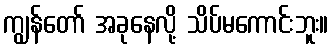
ကျွန်တော် အခုနေလို့ သိပ်မကောင်းဘူး။